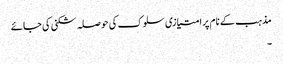
مذہب کے نام پر امتیازی سلوک کی حوصلہ شکنی کی جائے
۔